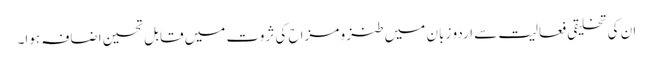
ان کی تخلیقی فعالیت سے اردو زبان میں طنز و مزاح کی ثروت میں قابل تحسین اضافہ ہوا۔